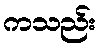
ကသည်း